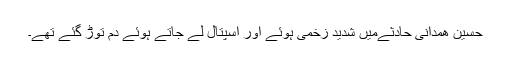
حسین ھمدانی حادثےمیں شدید زخمی ہوئے اور اسپتال لے جاتے ہوئے دم توڑ گئے تھے۔